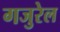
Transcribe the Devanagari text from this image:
गजुरेल